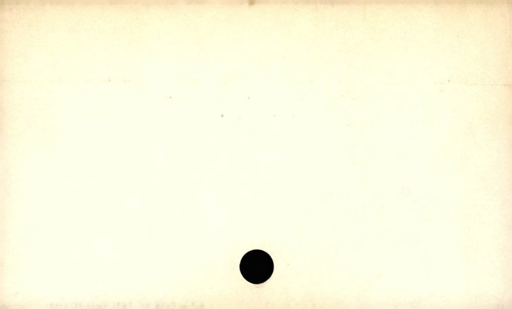
Label: blank